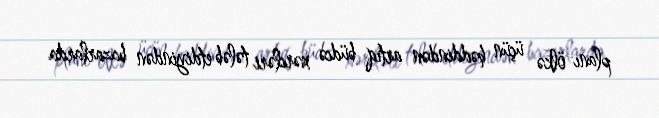
planı ölkə üçün həddindən artıq büdcə xərcləri tələb etdiyindən bazarlarda